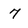
Character: 7